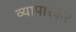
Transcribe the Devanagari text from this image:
व्यापारकर